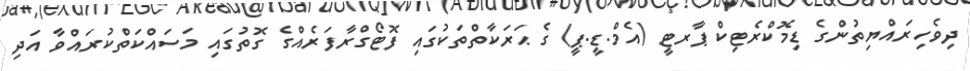
ދިވެހިރައްޔިތުންގެ ޑިމޮކްރެޓިކް ޕާރޓީ (އެމް.ޑީ.ޕީ) ގެ ޙަރަކާތްތަކުގައި ފޮޓޯގްރާފަރެއްގެ ގޮތުގައި މަސައްކަތްކުރައްވާ އަދި